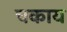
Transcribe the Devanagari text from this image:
चकाय